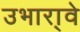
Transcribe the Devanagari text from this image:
उभारा्वे